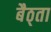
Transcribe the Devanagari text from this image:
बैठ्ता